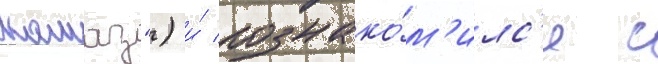
камаз") и́ познако́м'илс'я с